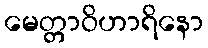
မေတ္တာဝိဟာရိနော